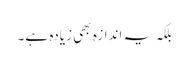
بلکہ یہ اندازہ بھی زیادہ ہے۔